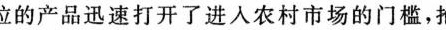
位的产品迅速打开了进入农村市场的门槛，抢